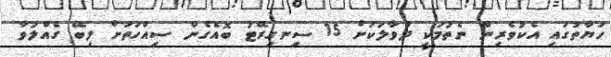
ހަޔާތުގައި އެކުވެރިން ނެތުމަކީ ދުވާލަކަށް 15 ސިނގިރޭޓު ބޮއެގެން ސިއްހަތަށް ލިބޭ ގެއްލުވާ